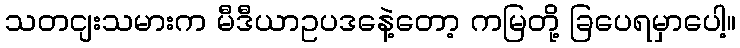
သတငျးသမားက မီဒီယာဥပဒနေဲ့တော့ ကမြတို့ ခြပေရမှာပေါ့။